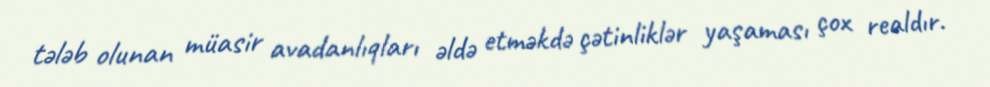
tələb olunan müasir avadanlıqları əldə etməkdə çətinliklər yaşaması çox realdır.